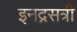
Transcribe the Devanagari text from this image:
इनद्रसत्री